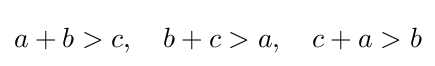
a+b>c,\quad b+c>a,\quad c+a>b